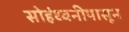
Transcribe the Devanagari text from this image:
सोहंध्वनीपासून